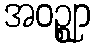
အဝဉ္ဈာ